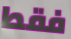
فقط